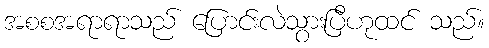
အစစအရာရာသည် ပြောင်းလဲသွားပြီဟုထင် သည်။